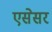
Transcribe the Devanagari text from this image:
एसेसर